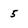
Character: 5